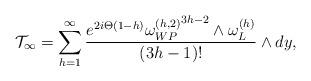
LaTeX: \begin{align*}{\cal T}_{\infty}=\sum_{h=1}^{\infty}{e^{2i\Theta(1-h)}{\omega_{WP}^{(h,2)}}^{3h-2}\wedge\omega_L^{(h)}\over(3h-1)!}\wedge dy,\end{align*}